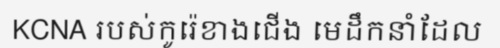
KCNA របស់កូរ៉េខាងជើង មេដឹកនាំដែល